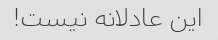
این عادلانه نیست!